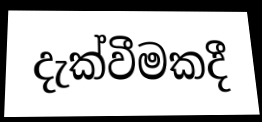
දැක්වීමකදී